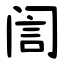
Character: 訚